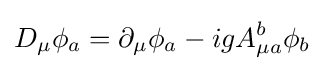
D_{\mu }\phi _{a}=\partial _{\mu }\phi _{a}-igA_{\mu a}^{b}\phi _{b}